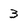
Character: 3